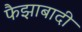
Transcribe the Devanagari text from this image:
फैझाबादी